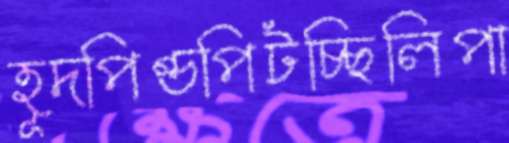
হূদপিণ্ডপিটচ্ছিলিপা